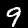
Digit: 9